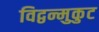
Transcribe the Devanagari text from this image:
विद्वन्मुकुट